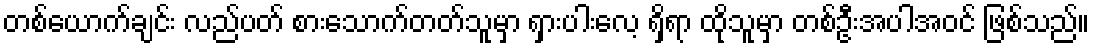
တစ်ယောက်ချင်း လည်ပတ် စားသောက်တတ်သူမှာ ရှားပါးလေ့ ရှိရာ ထိုသူမှာ တစ်ဦးအပါအဝင် ဖြစ်သည်။